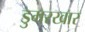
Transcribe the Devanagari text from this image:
डुमरखार